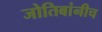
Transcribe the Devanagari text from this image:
जोतिबांनीच